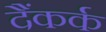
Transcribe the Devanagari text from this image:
दैंकर्क